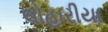
લોહારીયા